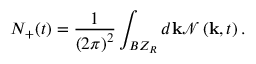
N _ { + } ( t ) = \frac { 1 } { \left( 2 \pi \right) ^ { 2 } } \int _ { B Z _ { R } } d \mathbf { k } \mathcal { N } \left( \mathbf { k } , t \right) .